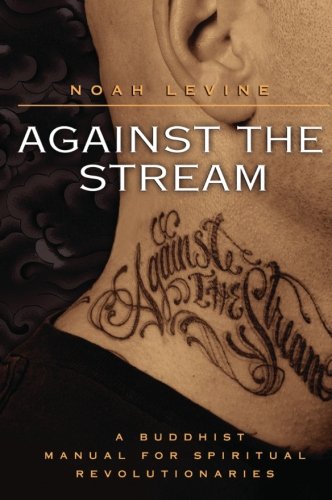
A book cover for Against the Stream: A Buddhist Manual for Spiritual Revolutionaries; Noah Levine; Religion & Spirituality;